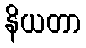
နိယတာ